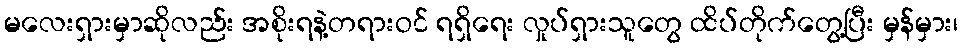
မလေးရှားမှာဆိုလည်း အစိုးရနဲ့တရားဝင် ရရှိရေး လှုပ်ရှားသူတွေ ထိပ်တိုက်တွေ့ပြီး မှန်မှား၊